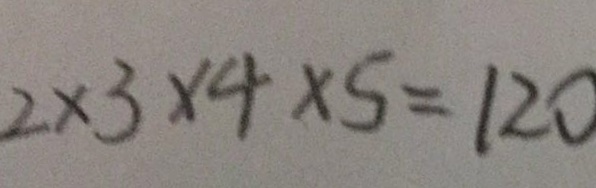
2 \times 3 \times 4 \times 5 = 1 2 0